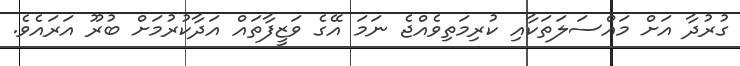
ގުރުދާ އަށް މައްސަލަތަކާއި ކުރިމަތިވެއްޖެ ނަމަ އޭގެ ވަޒީފާތައް އަދާކުރުމަށް ބުރޫ އަރައެވެ.